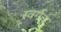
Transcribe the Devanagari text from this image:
स्वर्गच